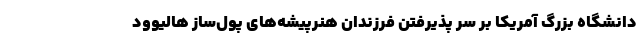
دانشگاه بزرگ آمریکا بر سر پذیرفتن فرزندان هنرپیشه‌های پول‌ساز هالیوود